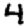
Digit: 4